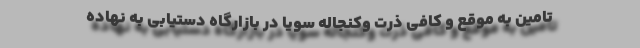
تامین به موقع و کافی ذرت وکنجاله سویا در بازارگاه دستیابی به نهاده